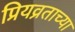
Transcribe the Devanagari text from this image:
प्रियव्रताच्या